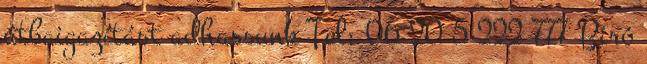
útbaigazítást adhassunk Tel: 06 20 5 222 777 Biró